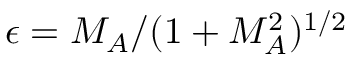
\epsilon = M _ { A } / ( 1 + M _ { A } ^ { 2 } ) ^ { 1 / 2 }